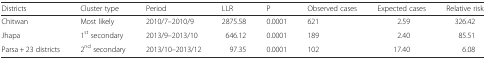
<table><thead><tr><td><b>Districts</b></td><td><b>Cluster type</b></td><td><b>Period</b></td><td><b>LLR</b></td><td><b>P</b></td><td><b>Observed cases</b></td><td><b>Expected cases</b></td><td><b>Relative risk</b></td></tr></thead><tbody><tr><td>Chitwan</td><td>Most likely</td><td>2010/7–2010/9</td><td>2875.58</td><td>0.0001</td><td>621</td><td>2.59</td><td>326.42</td></tr><tr><td>Jhapa</td><td>1<sup>st</sup> secondary</td><td>2013/9–2013/10</td><td>646.12</td><td>0.0001</td><td>189</td><td>2.40</td><td>85.51</td></tr><tr><td>Parsa + 23 districts</td><td>2<sup>nd</sup> secondary</td><td>2013/10–2013/12</td><td>97.35</td><td>0.0001</td><td>102</td><td>17.40</td><td>6.08</td></tr></tbody></table>